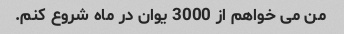
من می خواهم از 3000 یوان در ماه شروع کنم.